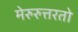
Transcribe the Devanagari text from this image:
मेरुरुत्तरतो